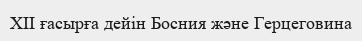
XII ғасырға дейін Босния және Герцеговина